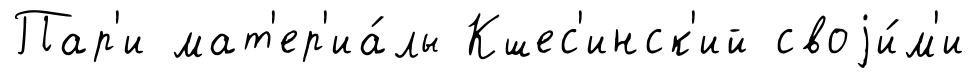
Пар'и мат'ер'иа́лы Кшес'инск'ий своjи́м'и